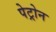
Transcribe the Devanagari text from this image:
पेट्रोन